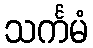
သင်္ကမံ